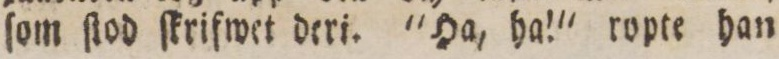
ſom ſtod ſkrifwet deri. 'Ha, ha!' ropte han